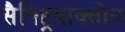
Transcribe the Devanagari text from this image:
सैफ्ट्रियाक्सोन